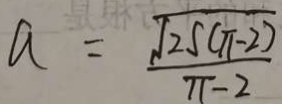
a = \frac { \sqrt { 2 5 ( \pi - 2 ) } } { \pi - 2 }